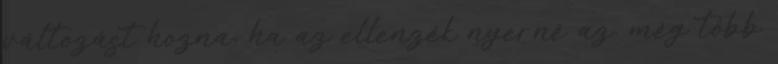
változást hozna, ha az ellenzék nyerné az. még több